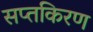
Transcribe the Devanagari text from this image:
सप्तकिरण